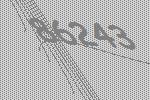
86243